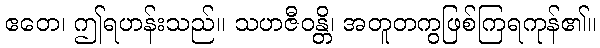
ဧတေ၊ ဤရဟန်းသည်။ သဟဇီဝန္တိ၊ အတူတကွဖြစ်ကြရကုန်၏။